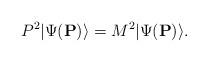
LaTeX: \begin{align*} P^2|\Psi({\bf P}) \rangle =M^2|\Psi({\bf P}) \rangle.\end{align*}